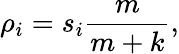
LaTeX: \rho_{i}=s_{i}\frac{m}{m+k},